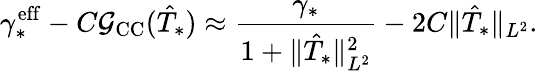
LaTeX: \gamma_{*}^{\mathrm{eff}}-C\mathcal G_{\mathrm{CC}}(\hat{T}_{*})\approx\frac{\gamma_{*}}{1+\Vert\hat{T}_{*}\Vert_{L^{2}}^{2}}-2C\Vert\hat{T}_{*}\Vert_{L^{2}}.